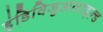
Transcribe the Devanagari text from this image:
इंडिविजुअलाइज़्ड